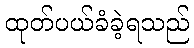
ထုတ်ပယ်ခံခဲ့ရသည်